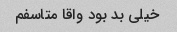
خیلی بد بود واقا متاسفم